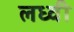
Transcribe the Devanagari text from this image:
लध्वी